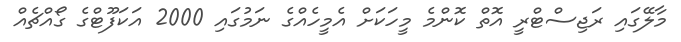
މާލޭގައި ރަޖިސްޓްރީ އޮތް ކޮންމެ މީހަކަށް އެމީހެއްގެ ނަމުގައި 2000 އަކަފޫޓްގެ ގޯއްޗެއް